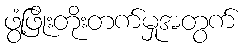
ဖွံ့ဖြိုးတိုးတက်မှုအတွက်